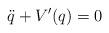
LaTeX: \begin{align*}\ddot{q}+V^{\prime}(q)=0\end{align*}